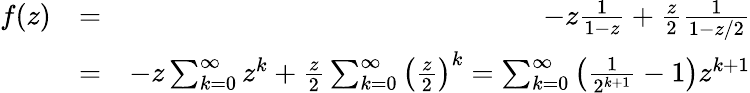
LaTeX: \begin{array}{rlr}{f(z)}&{=}&{-z\frac{1}{1-z}+\frac{z}{2}\frac{1}{1-z/2}}\\ &{=}&{-z\sum_{k=0}^{\infty}z^{k}+\frac{z}{2}\sum_{k=0}^{\infty}\left(\frac{z}{2}\right)^{k}=\sum_{k=0}^{\infty}\left(\frac{1}{2^{k+1}}-1\right)z^{k+1}}\end{array}